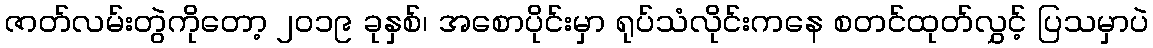
ဇာတ်လမ်းတွဲကိုတော့ ၂၀၁၉ ခုနှစ်၊ အစောပိုင်းမှာ ရုပ်သံလိုင်းကနေ စတင်ထုတ်လွှင့် ပြသမှာပဲ